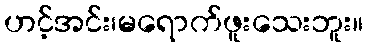
ဟင့်အင်း၊မရောက်ဖူးသေးဘူး။